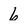
Character: 6